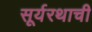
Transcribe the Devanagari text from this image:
सूर्यरथाची